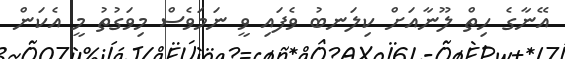
އޭނާގެ ހިތް ލޫނާއަށް ކިލަނބު ވެފައި ވީ ނަމަވެސް މިވަގުތު މީ އެކަން